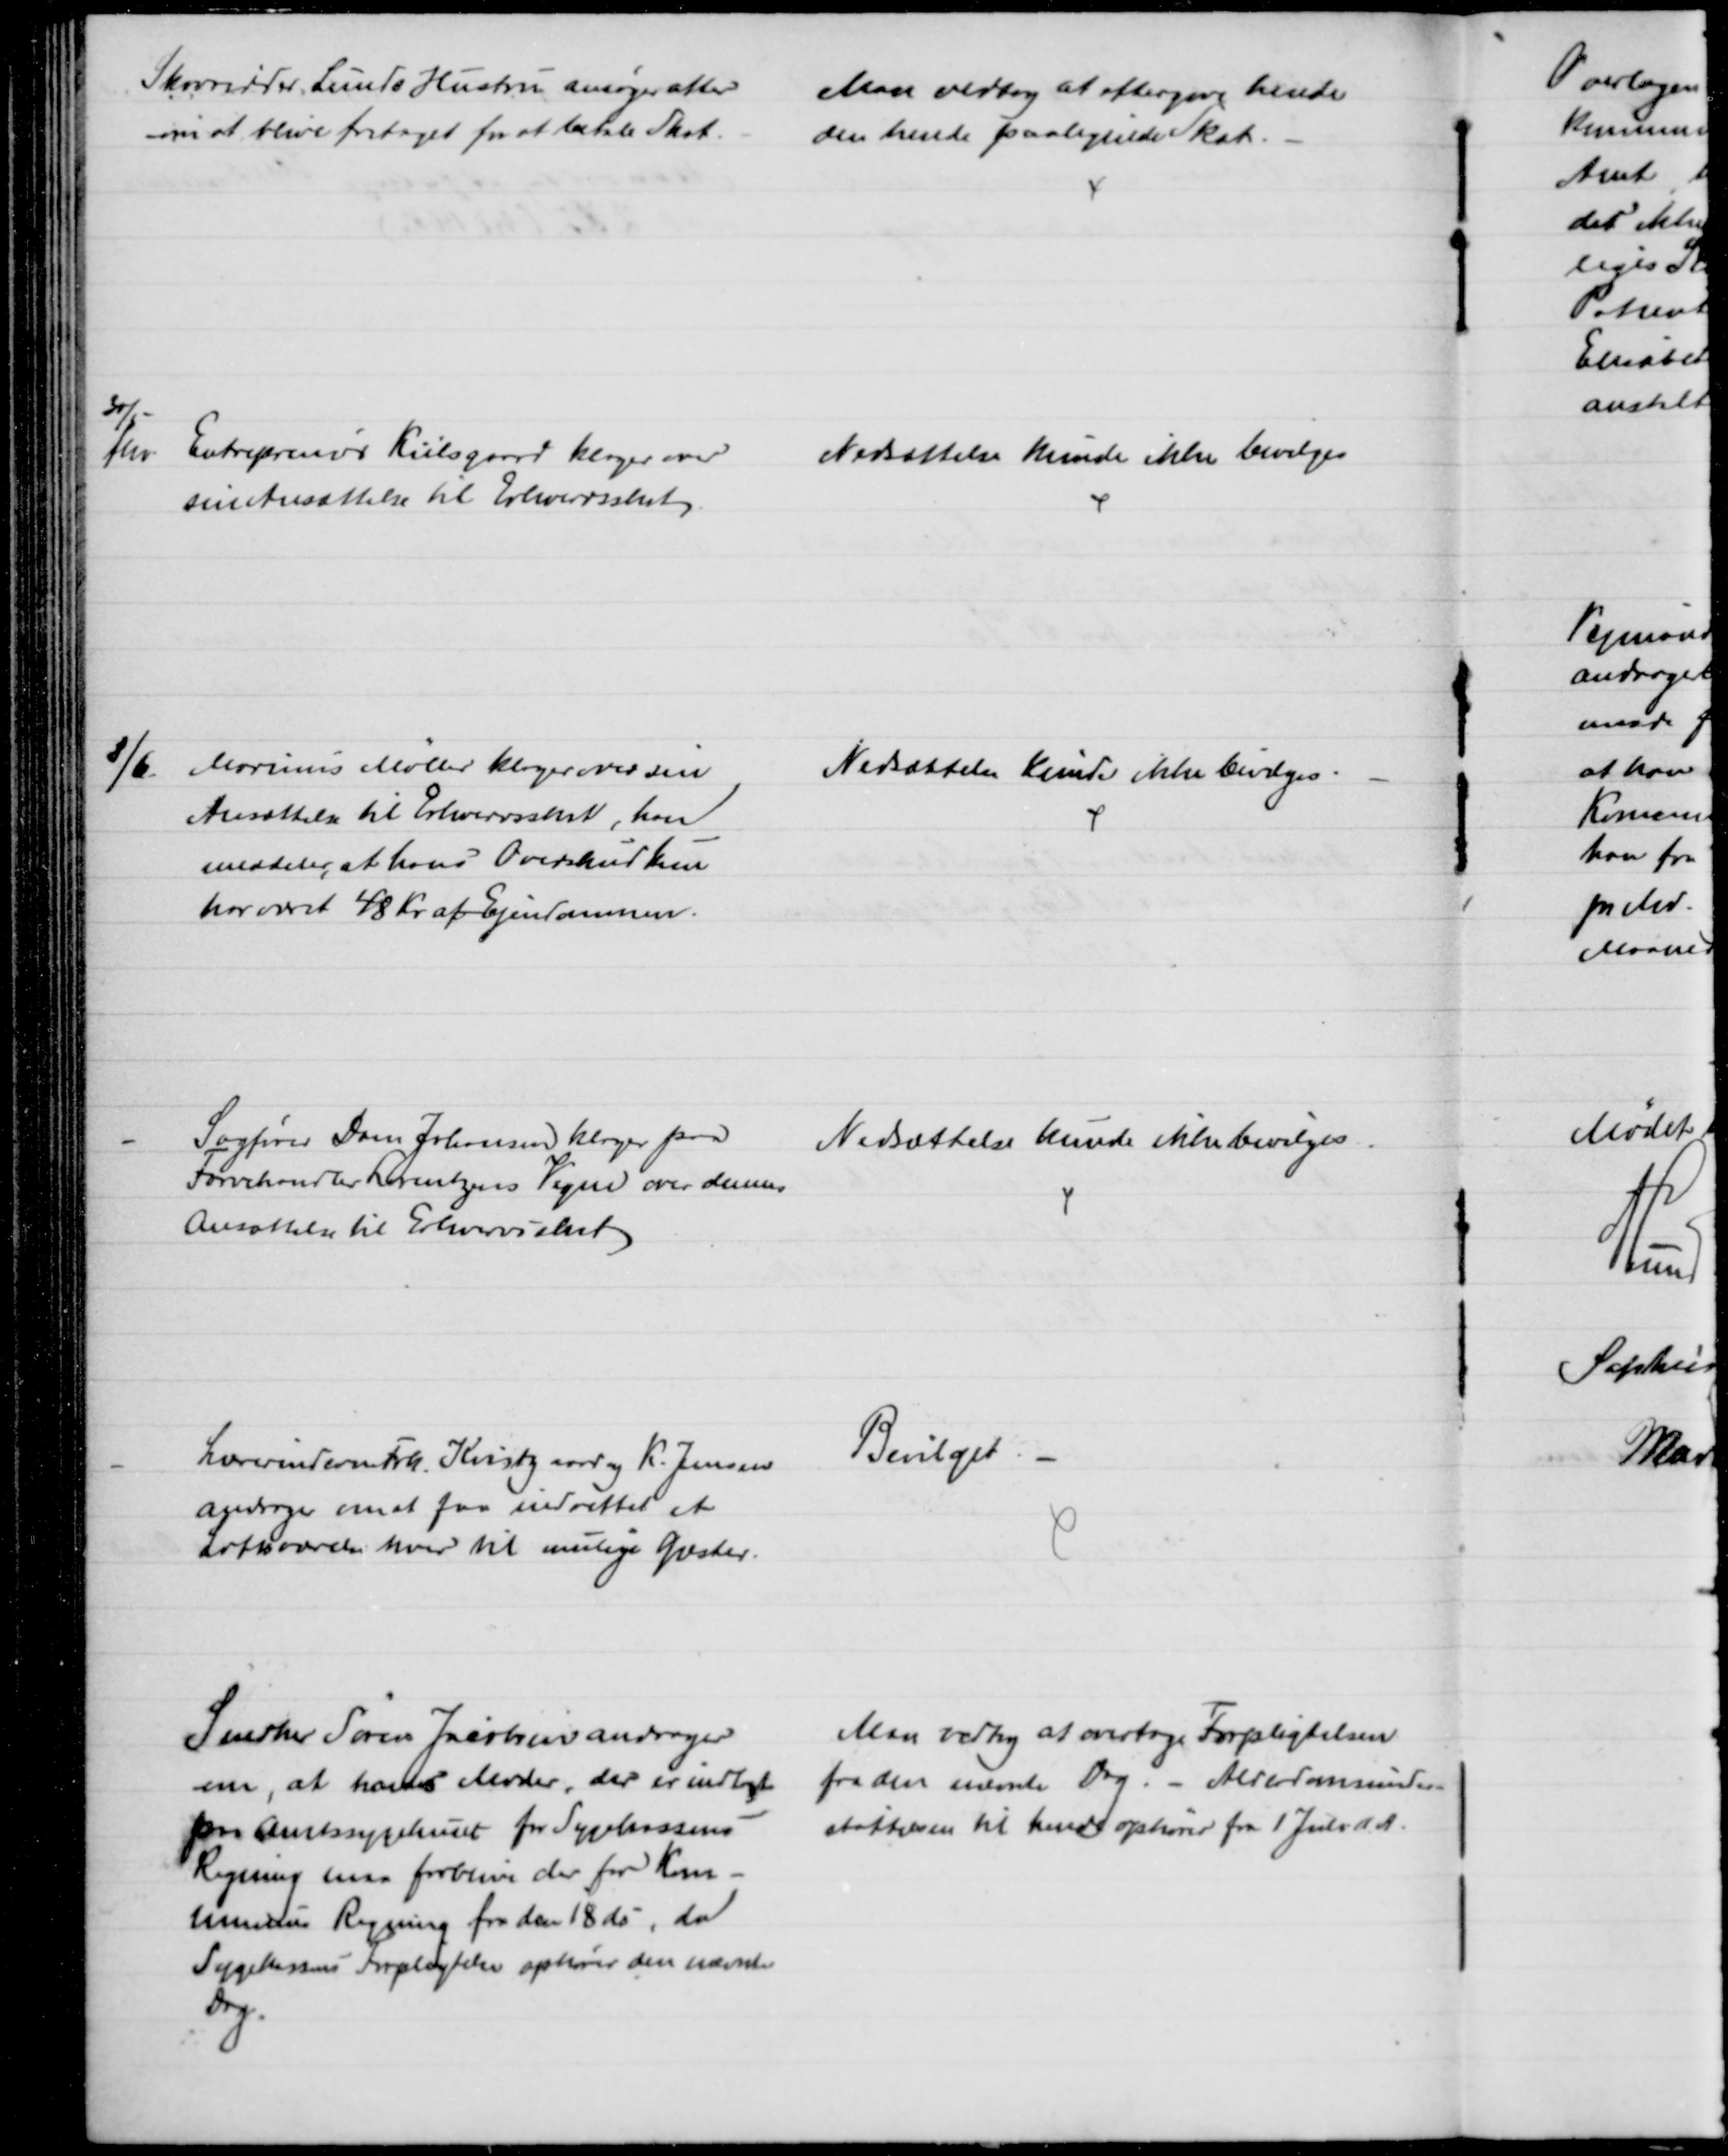
Transskription:
Skovridder Lunds Hustru ansøger atter
om at blive fritaget for at betale Skat.
Man vedtog at eftergive hende
den hende paalignede Skat.
30/5
fhv:
Entreprenør Kiilsgaard klager over
sin Ansættelse til Erhvervsskat
Nedsættelse kunde ikke bevilges
8/6 Marinus Møller klager over sin
Ansættelse til Erhvervsskat, han 
meddeler, at hans Overskud kun
har været 48 Kr af Ejendommen.
Nedsættelse kunde ikke bevilges.
Sagfører Dam Johansen klager paa
Torvehandler Lorentzens Vegne over dennes 
Ansættelse til Erhvervsskat
Nedsættelse kunde ikke bevilges.
Lærerinderne Frk. Kvistgaard og K. Jensen
andrager om at faa indrettet et
Loftsværelse hver til mulige Gæster.
Bevilget
Snedker Søren Jacobsen andrager
om, at hans Moder, der er indlagt
paa Amtssygehuset for Sygekassens
Regning maa forblive der for Kom-
munens Regning fra den 18 ds, da
Sygekassens Forpligtelse ophører den nævnte
Dag.
Man vedtog at overtage Forpligtelsen
fra den nævnte Dag. - Alderdomsunder-
støttelsen til hende ophører fra 1 Juli d. A.